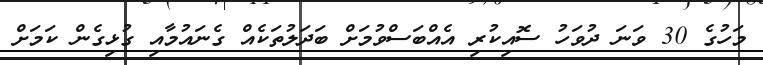
މަހުގެ 30 ވަނަ ދުވަހު ސޮއިކުރި އެއްބަސްވުމަށް ބަދަލުތަކެއް ގެނައުމާއި ގުޅިގެން ކަމަށް